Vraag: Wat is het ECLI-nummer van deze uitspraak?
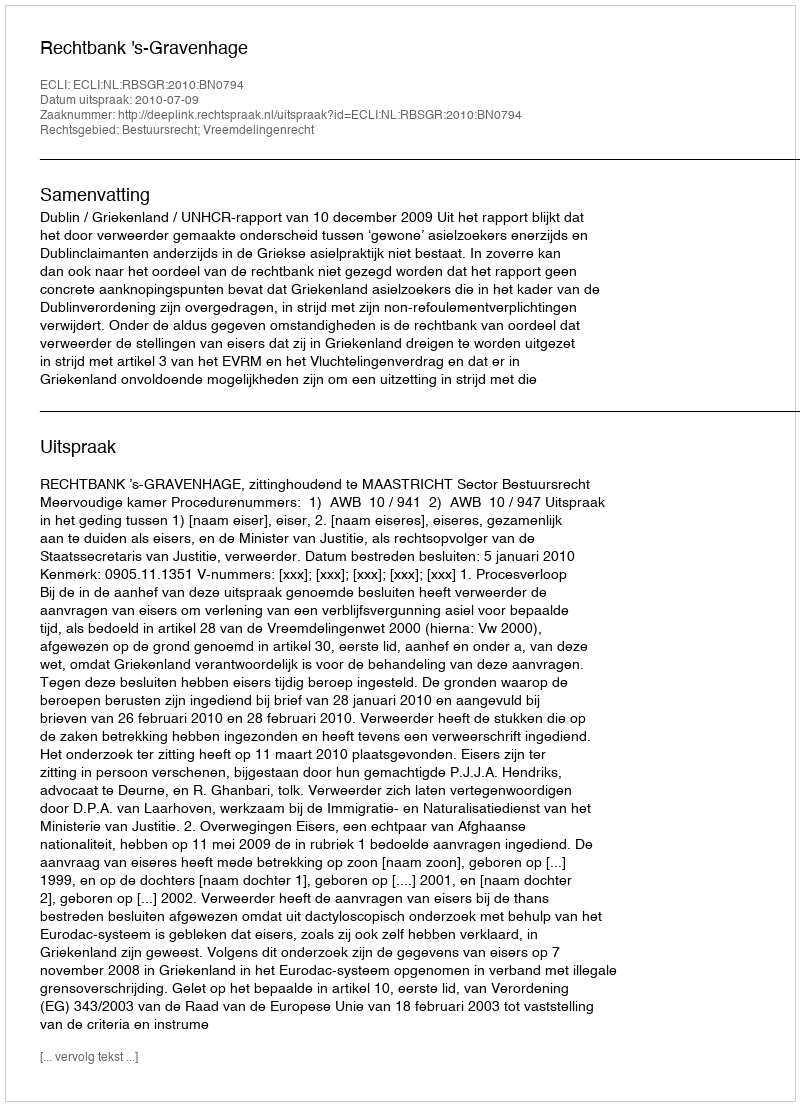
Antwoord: ECLI:NL:RBSGR:2010:BN0794